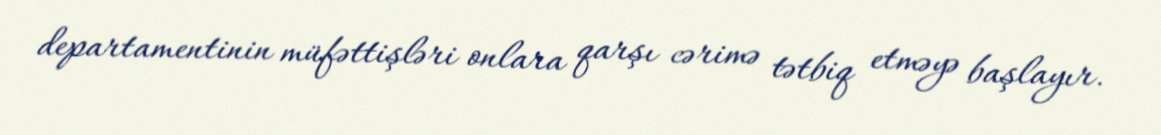
departamentinin müfəttişləri onlara qarşı cərimə tətbiq etməyə başlayır.